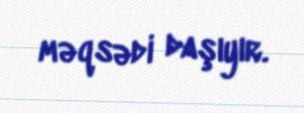
məqsədi daşıyır.